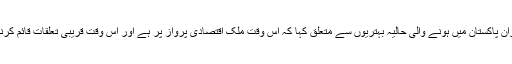
پاکستانی سفیر نے گفتگو کے دوران پاکستان میں ہونے والی حالیہ بہتریوں سے متعلق کہا کہ اس وقت ملک اقتصادی پرواز پر ہے اور اس وقت قریبی تعلقات قائم کرنا دونوں ممالک کے مفاد میں ہے۔